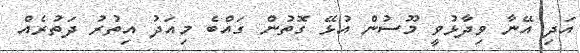
އަދި އޭނާ ވިދާޅުވީ މޫސުން އުޅޭ ގޮތުން ގައްބެ މިއަދު އިތުރު ދަތުރެއް